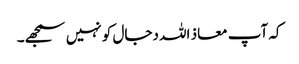
کہ آپ معاذ اللہ دجال کو نہیں سمجھے۔